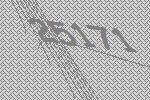
25171